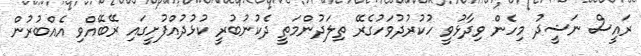
ރައީސް ނަޝީދު މިހެން ވިދާޅުވީ ހުކުރުދުވަހުގެރޭ ތިލަދުންމަތީ ދެކުނުބުރީ ކުޅުދުއްފުށީގައި ރޭބޭއްވި އެއްބުރުން